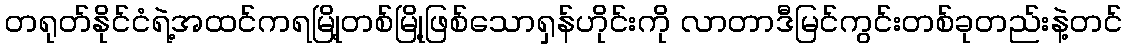
တရုတ်နိုင်ငံရဲ့အထင်ကရမြို့တစ်မြို့ဖြစ်သောရှန်ဟိုင်းကို လာတာဒီမြင်ကွင်းတစ်ခုတည်းနဲ့တင်